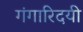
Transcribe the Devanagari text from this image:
गंगारिदयी